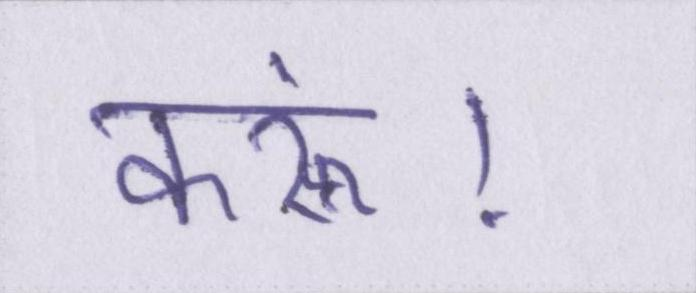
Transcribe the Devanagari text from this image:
करूं।